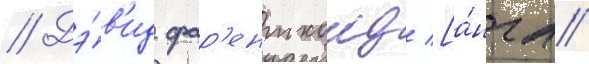
// Дэ́в'ид фар'ентхолд [а́нгл.